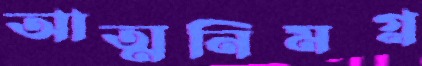
আত্মনিমগ্ন